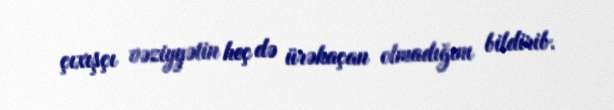
çıxışçı vəziyyətin heç də ürəkaçan olmadığını bildirib.